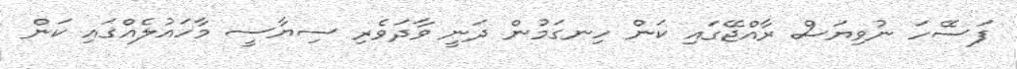
ފަސޭހަ ނުވިޔަސް ރާއްޖޭގައި ކަން ހިނގަމުން ދަނީ ވާދަވެރި ސިޔާސީ މާހައުލެއްގައި ކަން